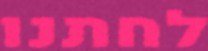
לחתנו